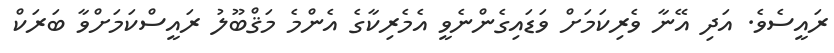
ރައީސެވެ. އަދި އޭނާ ވެރިކަމަށް ވަޑައިގެންނެވީ އެމެރިކާގެ އެންމެ މަޤްބޫލު ރައީސްކަމަށްވާ ބަރަކް